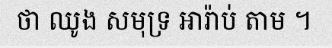
ថា ឈូង សមុទ្រ អារ៉ាប់ តាម ។